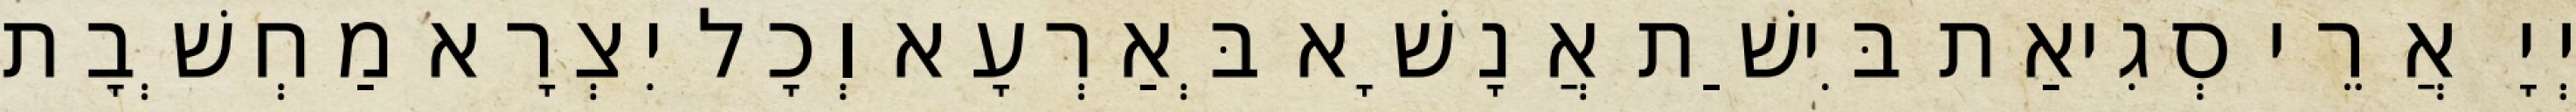
יְיָ אֲרֵי סְגִיאַת בִּישַׁת אֲנָשָׁא בְּאַרְעָא וְכָל יִצְרָא מַחְשְׁבָת